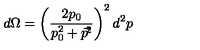
d \Omega = \left( \frac { 2 p _ { 0 } } { p _ { 0 } ^ { 2 } + \vec { p } ^ { \! 2 } } \right) ^ { 2 } d ^ { 2 } p